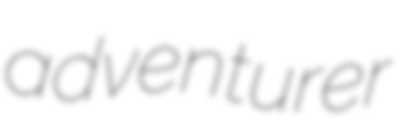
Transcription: adventurer